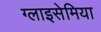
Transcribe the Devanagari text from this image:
ग्लाइसेमिया